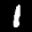
Label: 1